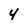
Character: 4